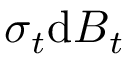
\boldsymbol { \sigma } _ { t } \mathrm { d } \boldsymbol { B } _ { t }